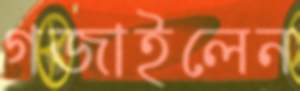
গজাইলেন